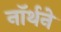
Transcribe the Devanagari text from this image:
नॉर्थने